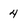
Character: 4